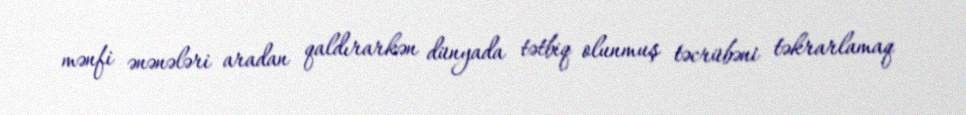
mənfi ənənələri aradan qaldırarkən dünyada tətbiq olunmuş təcrübəni təkrarlamaq